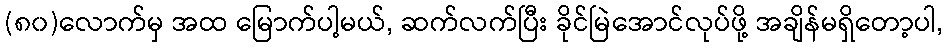
(၈၀)လောက်မှ အထ မြောက်ပါ့မယ်, ဆက်လက်ပြီး ခိုင်မြဲအောင်လုပ်ဖို့ အချိန်မရှိတော့ပါ,